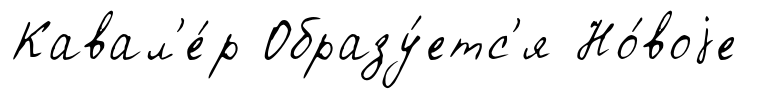
Кавал'е́р Образу́етс'я Но́воjе